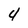
Character: 4